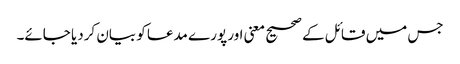
جس میں قائل کے صحیح معنی اور پورے مدعا کو بیان کردیا جائے۔